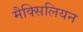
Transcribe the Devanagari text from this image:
मैक्सिलियन